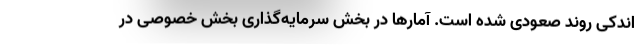
اندکی روند صعودی شده است. آمارها در بخش سرمایه‌گذاری بخش خصوصی در